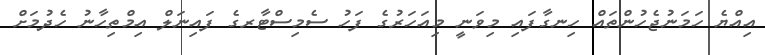
އިއްޔެ ހަމަނުޖެހުންތައް ހިނގާފައި މިވަނީ މިއަހަރުގެ ފަހު ސެމިސްޓާރގެ ފައިނަލް އިމްތިހާނު ހެދުމަށް